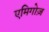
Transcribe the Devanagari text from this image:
एमिगोज़